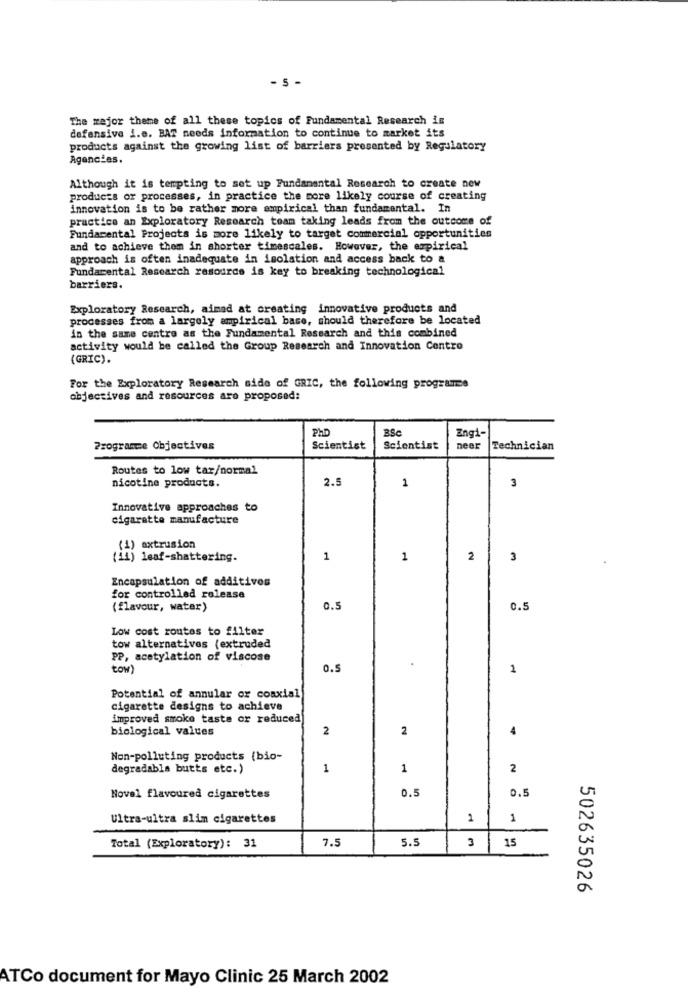
- 5 -
The major theme of all these topics of Fundamental Research is
defensive i.e. BAT needs information to continue to market its
products against the growing list of barriers presented by Regulatory
Agencies.
Although it is tempting to set up Fundamental Research to create new
products or processes, in practice the more likely course of creating
innovation is to be rather more empirical than fundamental. In
practice an Exploratory Research toam taking leads from the outcome of
Fundamental Projects is more likely to target commercial opportunities
and to achieve them in shorter timescales. However, the empirical
approach is often inadequate in isolation and access back to &
Fundamental Research resource is key to breaking technological
barriers.
Exploratory Research, aimad at creating innovative products and
processes from a largely ampirical base, should therefore be located
in the same centre as the Fundamental Research and this combined
activity would be called the Group Research and Innovation Centre
(GRIC).
For the Exploratory Research side of GRIC, the following programme
objectives and resources are proposed:
PHD
BSC
Engi-
Programce Objectives
Scientist
Scientist
neer
Technician
Routes to low tar/normal
nicotine products.
2.5
1
3
Innovative approaches to
cigarette manufacture
(A) extrusion
(11) leaf-shattering.
1
1
2
3
Encapsulation of additives
for controlled release
(flavour, water)
0.5
0.5
Low cost routes to filter
tow alternatives (extruded
PP, acetylation of viscose
.
tow)
0.5
1
Potential of annular or coaxial
cigarette designs to achieve
improved smoke taste or reduced)
biological values
2
2
4
Non-polluting products (bio-
degradable butts etc.)
1
1
2
0.5
Novel flavoured cigarettes
0.5
Ultra-ultra slim cigarettes
2
1
Total (Exploratory): 31
7.5
5.5
15
3
502635026
ATCo document for Mayo Clinic 25 March 2002